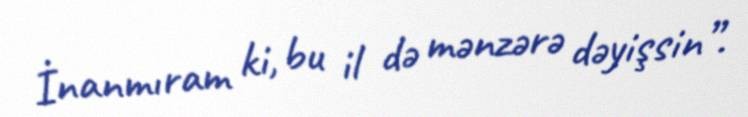
İnanmıram ki, bu il də mənzərə dəyişsin”.